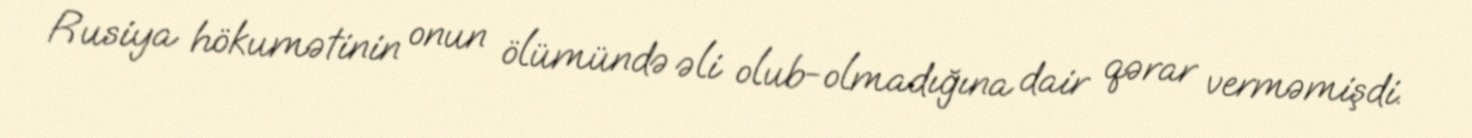
Rusiya hökumətinin onun ölümündə əli olub-olmadığına dair qərar verməmişdi.